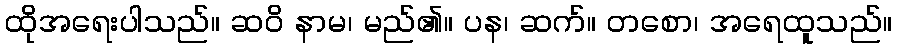
ထိုအရေးပါသည်။ ဆဝိ နာမ၊ မည်၏။ ပန၊ ဆက်။ တစော၊ အရေထူသည်။